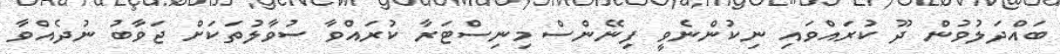
ބައްދަލުވުން ދޫ ކުރައްވައި ނިކުންނެވީ ފިނޭންސް މިނިސްޓަރާ ކުރައްވާ ސުވާލުތަކަށް ޖަވާބު ނުދެއްވާ